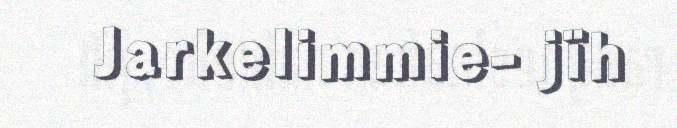
Jarkelimmie- jïh